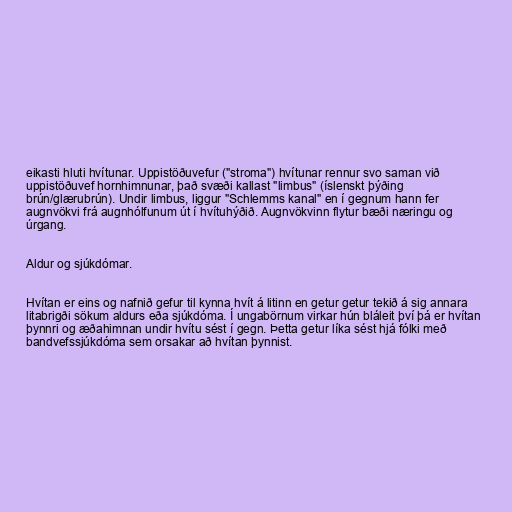
eikasti hluti hvítunar. Uppistöðuvefur ("stroma") hvítunar rennur svo saman við
uppistöðuvef hornhimnunar, það svæði kallast "limbus" (íslenskt þýðing
brún/glærubrún). Undir limbus, liggur "Schlemms kanal" en í gegnum hann fer
augnvökvi frá augnhólfunum út í hvítuhýðið. Augnvökvinn flytur bæði næringu og
úrgang.

Aldur og sjúkdómar.

Hvítan er eins og nafnið gefur til kynna hvít á litinn en getur getur tekið á sig annara
litabrigði sökum aldurs eða sjúkdóma. Í ungabörnum virkar hún bláleit því þá er hvítan
þynnri og æðahimnan undir hvítu sést í gegn. Þetta getur líka sést hjá fólki með
bandvefssjúkdóma sem orsakar að hvítan þynnist.